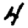
Digit: 4